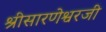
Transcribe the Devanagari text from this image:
श्रीसारणेश्वरजी